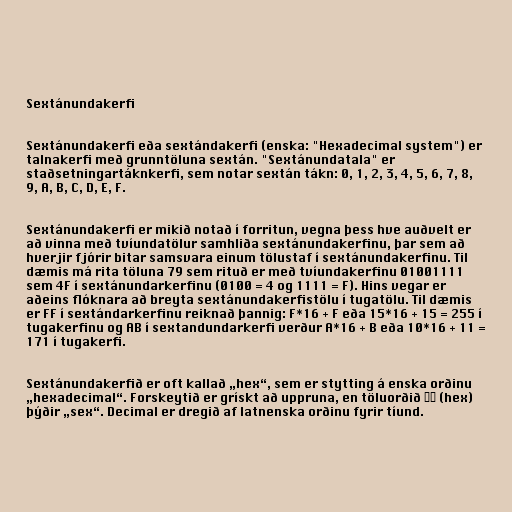
Sextánundakerfi

Sextánundakerfi eða sextándakerfi (enska: "Hexadecimal system") er
talnakerfi með grunntöluna sextán. "Sextánundatala" er
staðsetningartáknkerfi, sem notar sextán tákn: 0, 1, 2, 3, 4, 5, 6, 7, 8,
9, A, B, C, D, E, F.

Sextánundakerfi er mikið notað í forritun, vegna þess hve auðvelt er
að vinna með tvíundatölur samhliða sextánundakerfinu, þar sem að
hverjir fjórir bitar samsvara einum tölustaf í sextánundakerfinu. Til
dæmis má rita töluna 79 sem rituð er með tvíundakerfinu 01001111
sem 4F í sextánundarkerfinu (0100 = 4 og 1111 = F). Hins vegar er
aðeins flóknara að breyta sextánundakerfistölu í tugatölu. Til dæmis
er FF í sextándarkerfinu reiknað þannig: F*16 + F eða 15*16 + 15 = 255 í
tugakerfinu og AB í sextandundarkerfi verður A*16 + B eða 10*16 + 11 =
171 í tugakerfi.

Sextánundakerfið er oft kallað „hex“, sem er stytting á enska orðinu
„hexadecimal“. Forskeytið er grískt að uppruna, en töluorðið ἕξ (hex)
þýðir „sex“. Decimal er dregið af latnenska orðinu fyrir tíund.